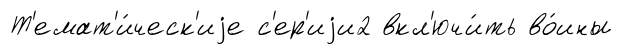
Т'емат'и́ческ'иjе с'ер'иjи2 вкл'ючи́ть во́ины